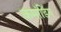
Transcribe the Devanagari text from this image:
कमांडिंग